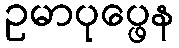
ဥမာပုပ္ဖေန